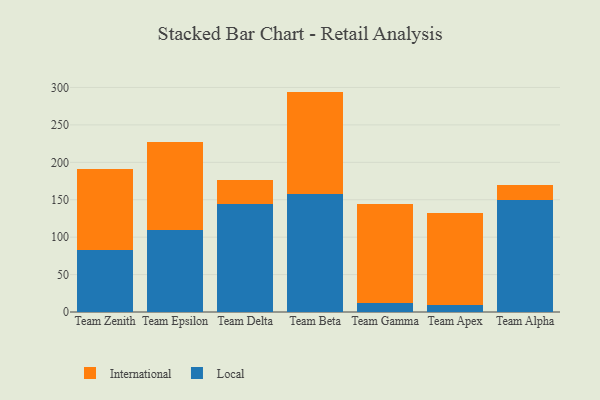
{"axis": {"x": "Team", "y": "Production Output"}, "legend": ["International", "Local"], "data": [{"x": "Team Zenith", "y": 82.8, "type": "Local"}, {"x": "Team Zenith", "y": 108.3, "type": "International"}, {"x": "Team Epsilon", "y": 109.3, "type": "Local"}, {"x": "Team Epsilon", "y": 117.4, "type": "International"}, {"x": "Team Delta", "y": 144.2, "type": "Local"}, {"x": "Team Delta", "y": 32.8, "type": "International"}, {"x": "Team Beta", "y": 157.8, "type": "Local"}, {"x": "Team Beta", "y": 136.7, "type": "International"}, {"x": "Team Gamma", "y": 12.7, "type": "Local"}, {"x": "Team Gamma", "y": 132.1, "type": "International"}, {"x": "Team Apex", "y": 8.9, "type": "Local"}, {"x": "Team Apex", "y": 123.4, "type": "International"}, {"x": "Team Alpha", "y": 150.2, "type": "Local"}, {"x": "Team Alpha", "y": 19.5, "type": "International"}]}